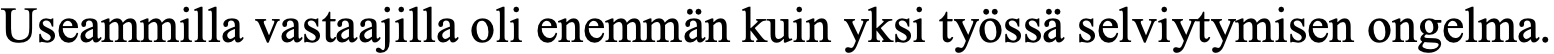
Useammilla vastaajilla oli enemmän kuin yksi työssä selviytymisen ongelma.